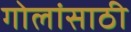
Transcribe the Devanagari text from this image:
गोलांसाठी